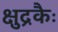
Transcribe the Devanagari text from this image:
क्षुद्रकैः